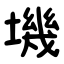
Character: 㙨